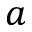
a